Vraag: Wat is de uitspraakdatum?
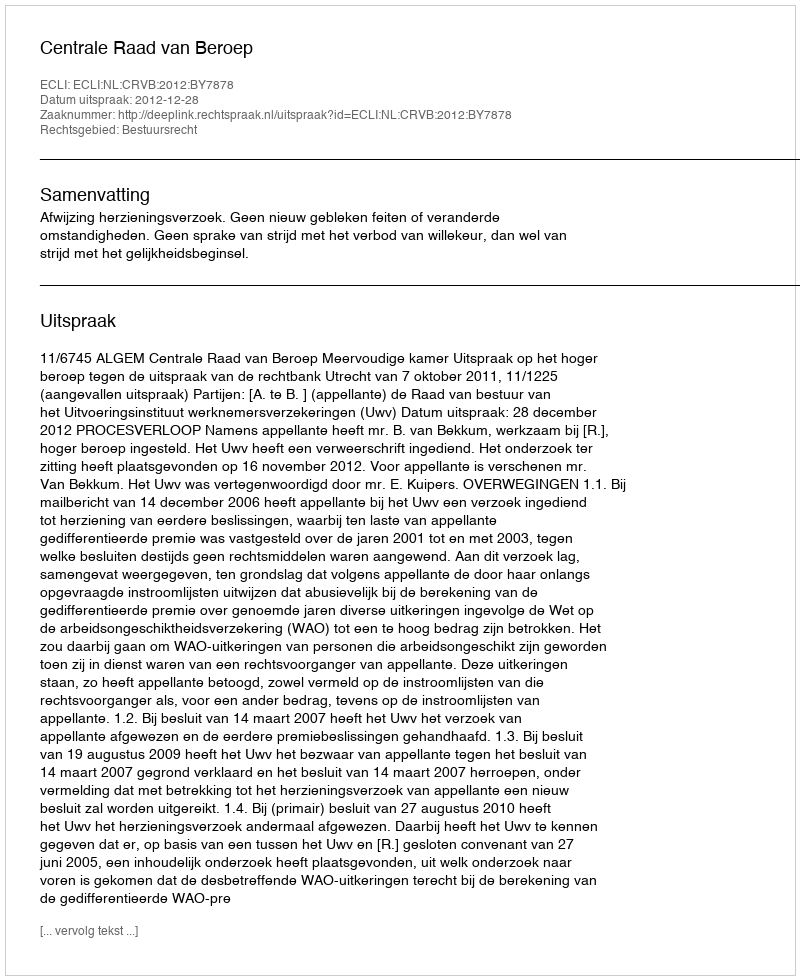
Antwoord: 2012-12-28